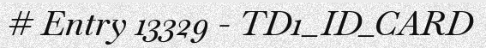
# Entry 13329 - TD1_ID_CARD